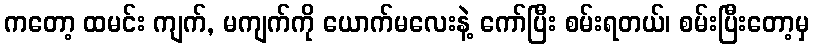
ကတော့ ထမင်း ကျက်, မကျက်ကို ယောက်မလေးနဲ့ ကော်ပြီး စမ်းရတယ်၊ စမ်းပြီးတော့မှ